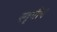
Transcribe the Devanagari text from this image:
स्वृगीय